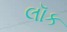
લૉક